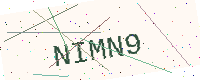
Text: NIMN9